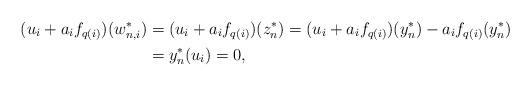
LaTeX: \begin{align*} (u_i + a_i f_{q(i)}) (w_{n,i}^*) &= (u_i + a_i f_{q(i)}) (z_n^*) = (u_i + a_i f_{q(i)}) (y_n^*) - a_i f_{q(i)}(y_n^*) \\ &= y_n^*(u_i) = 0, \end{align*}